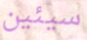
سيئين